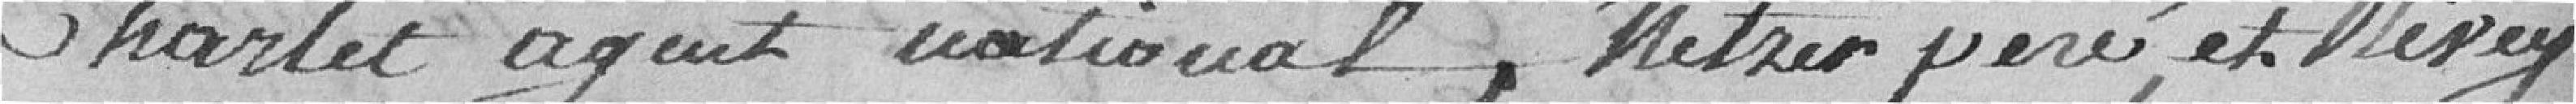
Charlet agent national, Metzer père et Misey.